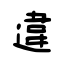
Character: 違